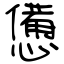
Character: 憊